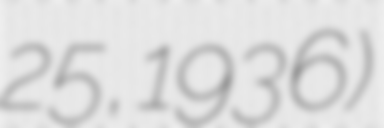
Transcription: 25, 1936)